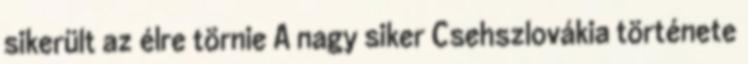
sikerült az élre törnie A nagy siker Csehszlovákia története